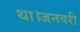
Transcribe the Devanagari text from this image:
था।जनवरी